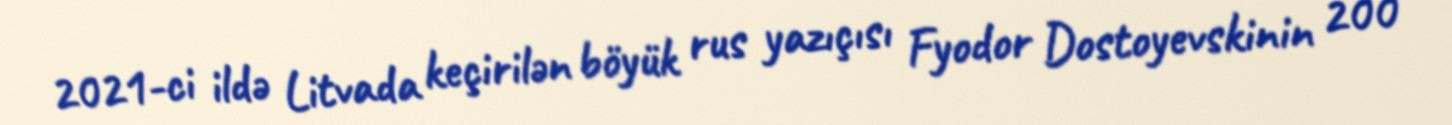
2021-ci ildə Litvada keçirilən böyük rus yazıçısı Fyodor Dostoyevskinin 200